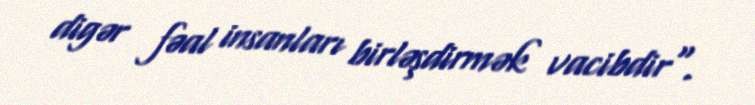
digər fəal insanları birləşdirmək vacibdir".